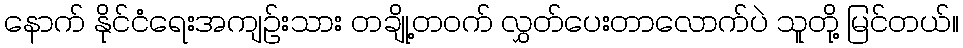
နောက် နိုင်ငံရေးအကျဉ်းသား တချို့တဝက် လွှတ်ပေးတာလောက်ပဲ သူတို့ မြင်တယ်။